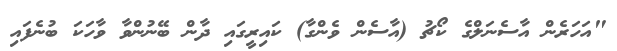
"އަހަރެން އާސެނަލްގެ ކޯޗު (އާސެން ވެންގާ) ކައިރީގައި ދާން ބޭނުންވާ ވާހަކަ ބުނެފައި